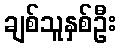
ချစ်သူနှစ်ဦး